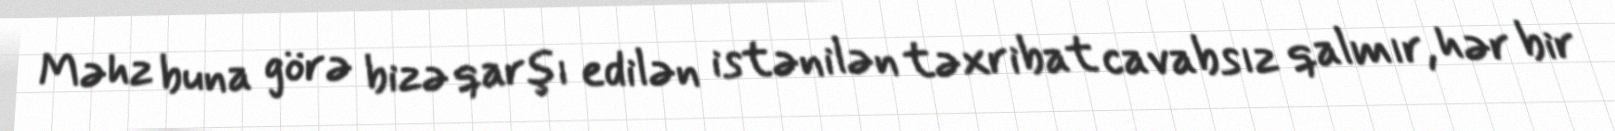
Məhz buna görə bizə qarşı edilən istənilən təxribat cavabsız qalmır, hər bir